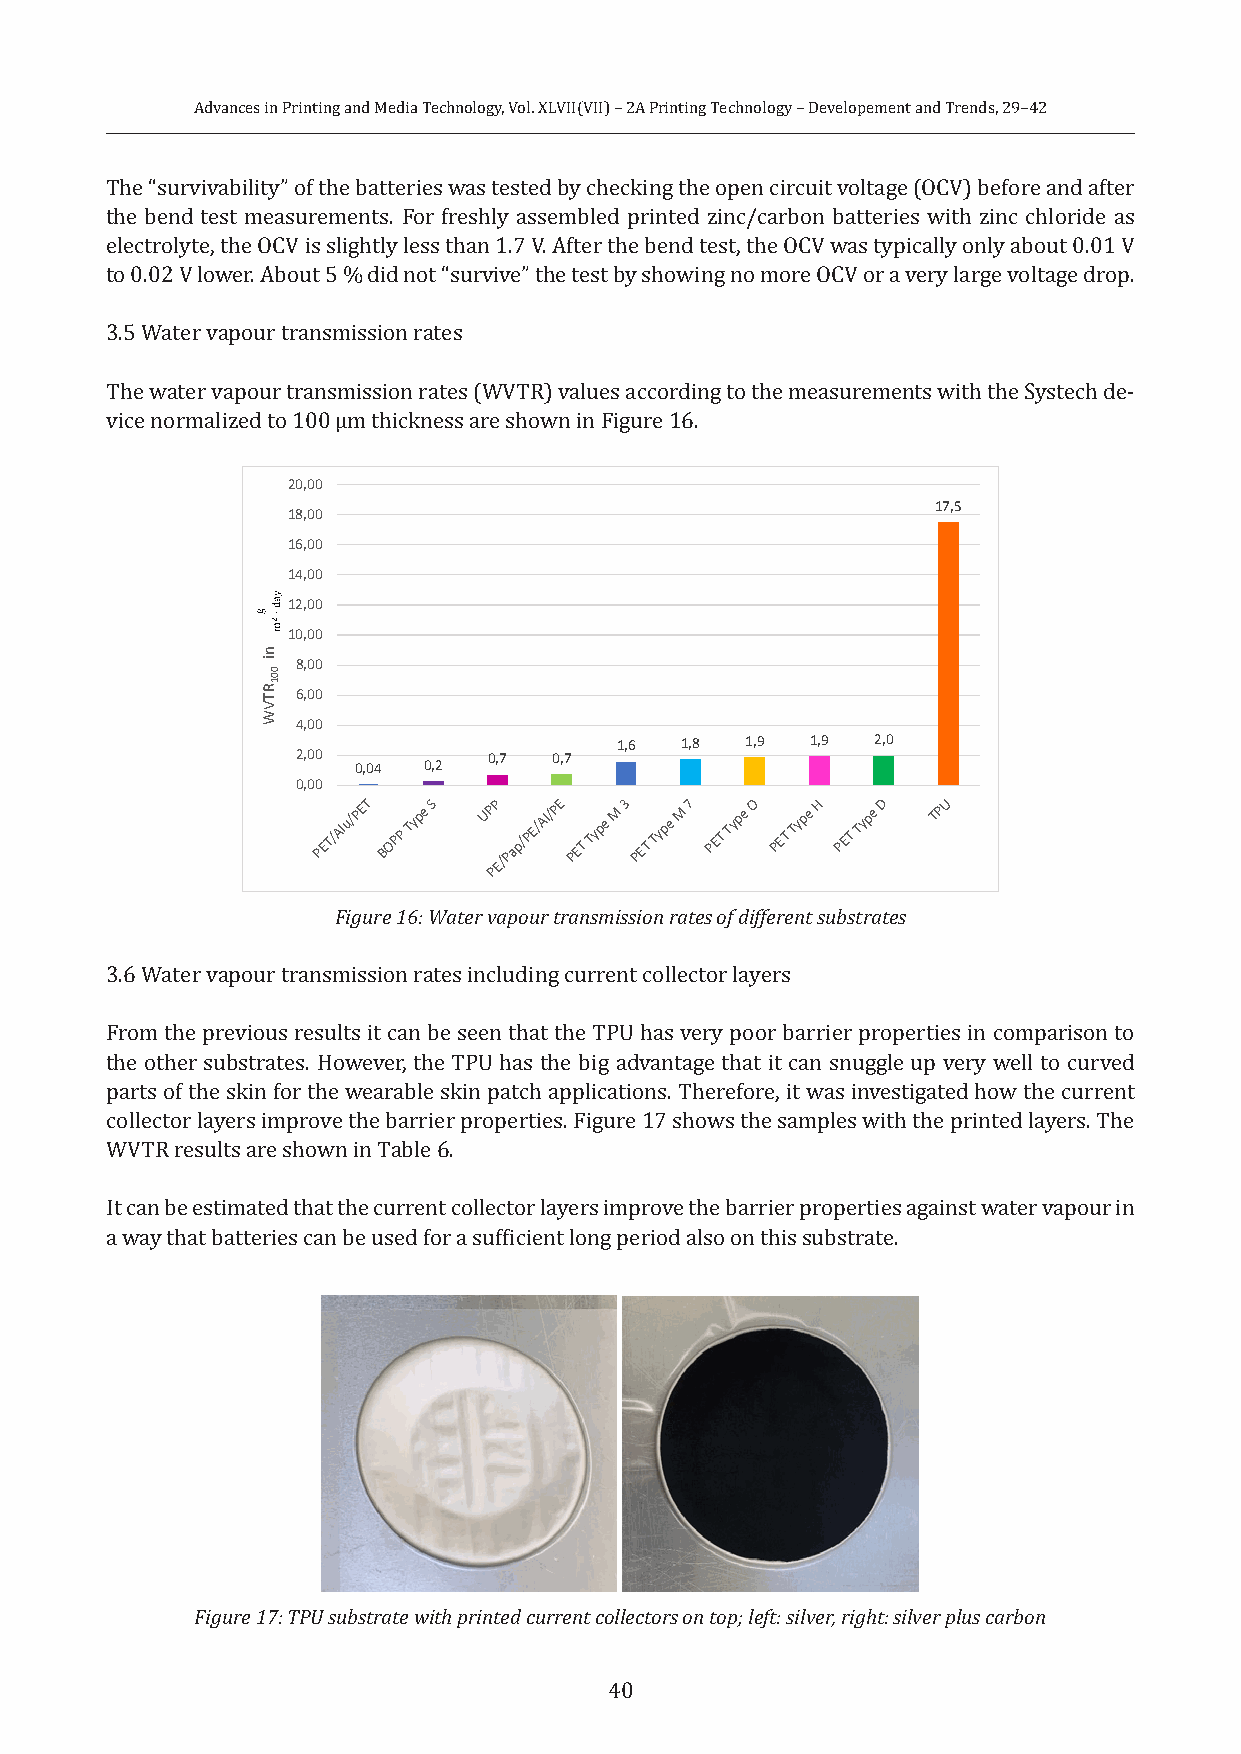
Advances in Printing and Media Technology, Vol. XLVII(VII) – 2A Printing Technology – Developement and Trends, 29–42
 The “survivability” of the batteries was tested by checking the open circuit voltage (OCV) before and after
 the bend test measurements. For freshly assembled printed zinc/carbon batteries with zinc chloride as
 electrolyte, the OCV is slightly less than 1.7 V. After the bend test, the OCV was typically only about 0.01 V
 to 0.02 V lower. About 5 % did not “survive” the test by showing no more OCV or a very large voltage drop.
 3.5 Water vapour transmission rates
 The water vapour transmission rates (WVTR) values according to the measurements with the Systech de-
 vice normalized to 100 µm thickness are shown in Figure 16.
 20,00
 17,5
 18,00
 16,00
 14,00
 12,00
 10,00
 8,00
 6,00
 4,00
 1,6 1,8 1,9  1,9 2,0
 2,00        0,7  0,7
 0,04 0,2
 0,00
 PET/Alu/PET
 BOPP
 Type S UP PP E/Pap/PE/Al/PE
 PET
 Type
 M 3
 PET
 Type
 M 7
 PET
 Type O
 PET
 Type H
 PET
 Type D TPU
 Figure 16: Water vapour transmission rates of different substrates
 3.6 Water vapour transmission rates including current collector layers
 From the previous results it can be seen that the TPU has very poor barrier properties in comparison to
 the other substrates. However, the TPU has the big advantage that it can snuggle up very well to curved
 parts of the skin for the wearable skin patch applications. Therefore, it was investigated how the current
 collector layers improve the barrier properties. Figure 17 shows the samples with the printed layers. The
 WVTR results are shown in Table 6.
 It can be estimated that the current collector layers improve the barrier properties against water vapour in
 a way that batteries can be used for a sufficient long period also on this substrate.
 Figure 17: TPU substrate with printed current collectors on top; left: silver, right: silver plus carbon
 40
 ni
 RTVW
 001
 g
 !
 yad#
 m